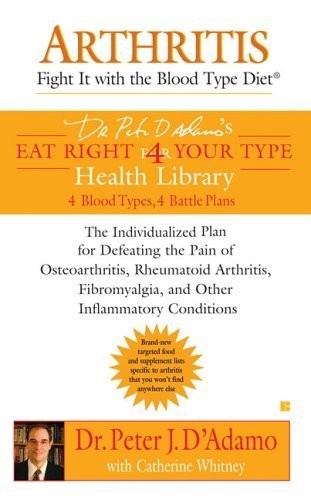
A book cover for Arthritis: Fight it with the Blood Type Diet: The Individualized Plan for Defeating the Pain of Osteoarthritis, Rheumatoid (Dr. Peter D'adamo's Eat Right for Your Type Health Library) by D'Adamo, Dr. Peter J., Whitney, Catherine (2006) Mass Market Paperback; Dr. Peter J., Whitney, Catherine D'Adamo; Health, Fitness & Dieting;